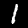
Label: 1